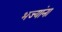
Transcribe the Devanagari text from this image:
भज्यांना